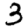
Digit: 3